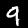
Label: 9